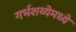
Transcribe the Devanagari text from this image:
गर्भशय्येमध्ये